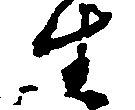
生